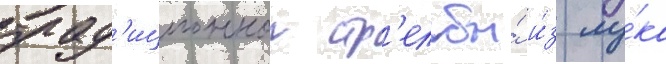
трад'иционнои стр'ельбы́ и́з лу́ка